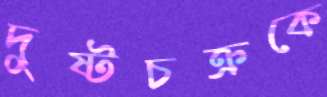
দুষ্টচক্রকে